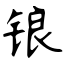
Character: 锒